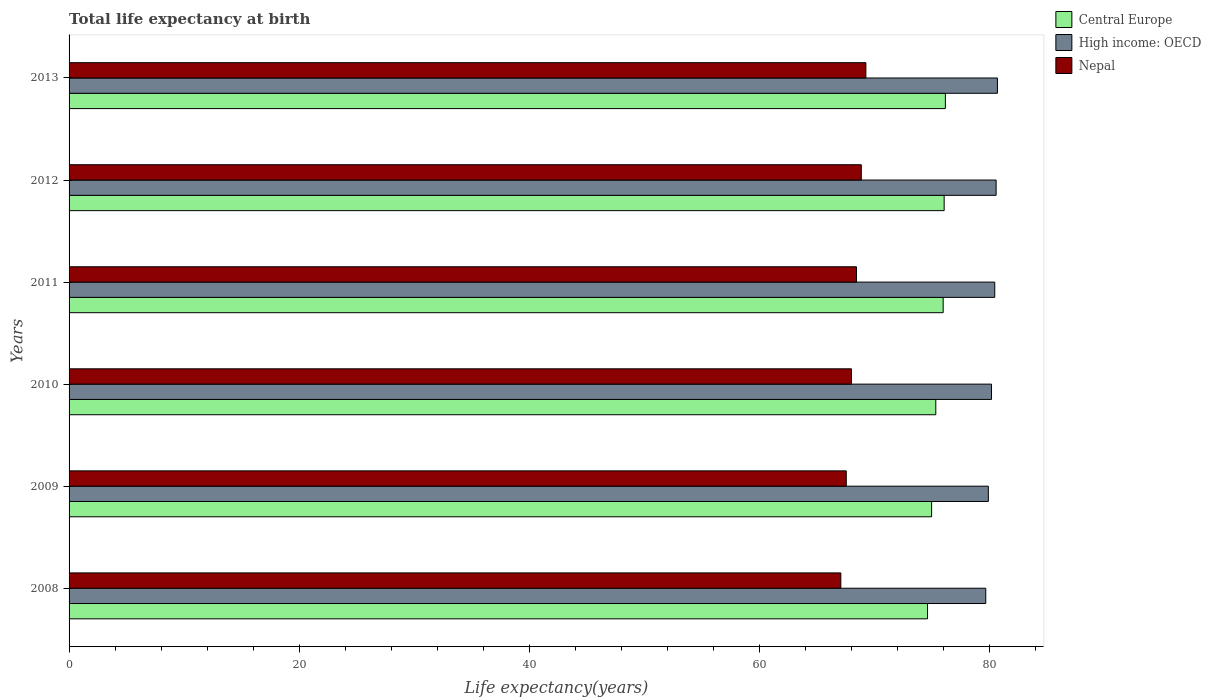
| Years | Central Europe | High income: OECD | Nepal |
 | --- | --- | --- | --- |
 | 2008 | 74.6 | 79.6 | 67 |
 | 2009 | 74.9 | 79.9 | 67.5 |
 | 2010 | 75.3 | 80.1 | 68 |
 | 2011 | 75.9 | 80.4 | 68.4 |
 | 2012 | 76 | 80.5 | 68.8 |
 | 2013 | 76.1 | 80.7 | 69.2 |